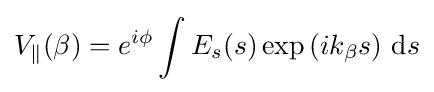
V_{\parallel }(\beta )=e^{i\phi }\int E_{s}(s)\exp \left(ik_{\beta }s\right)\,\mathrm {d} s